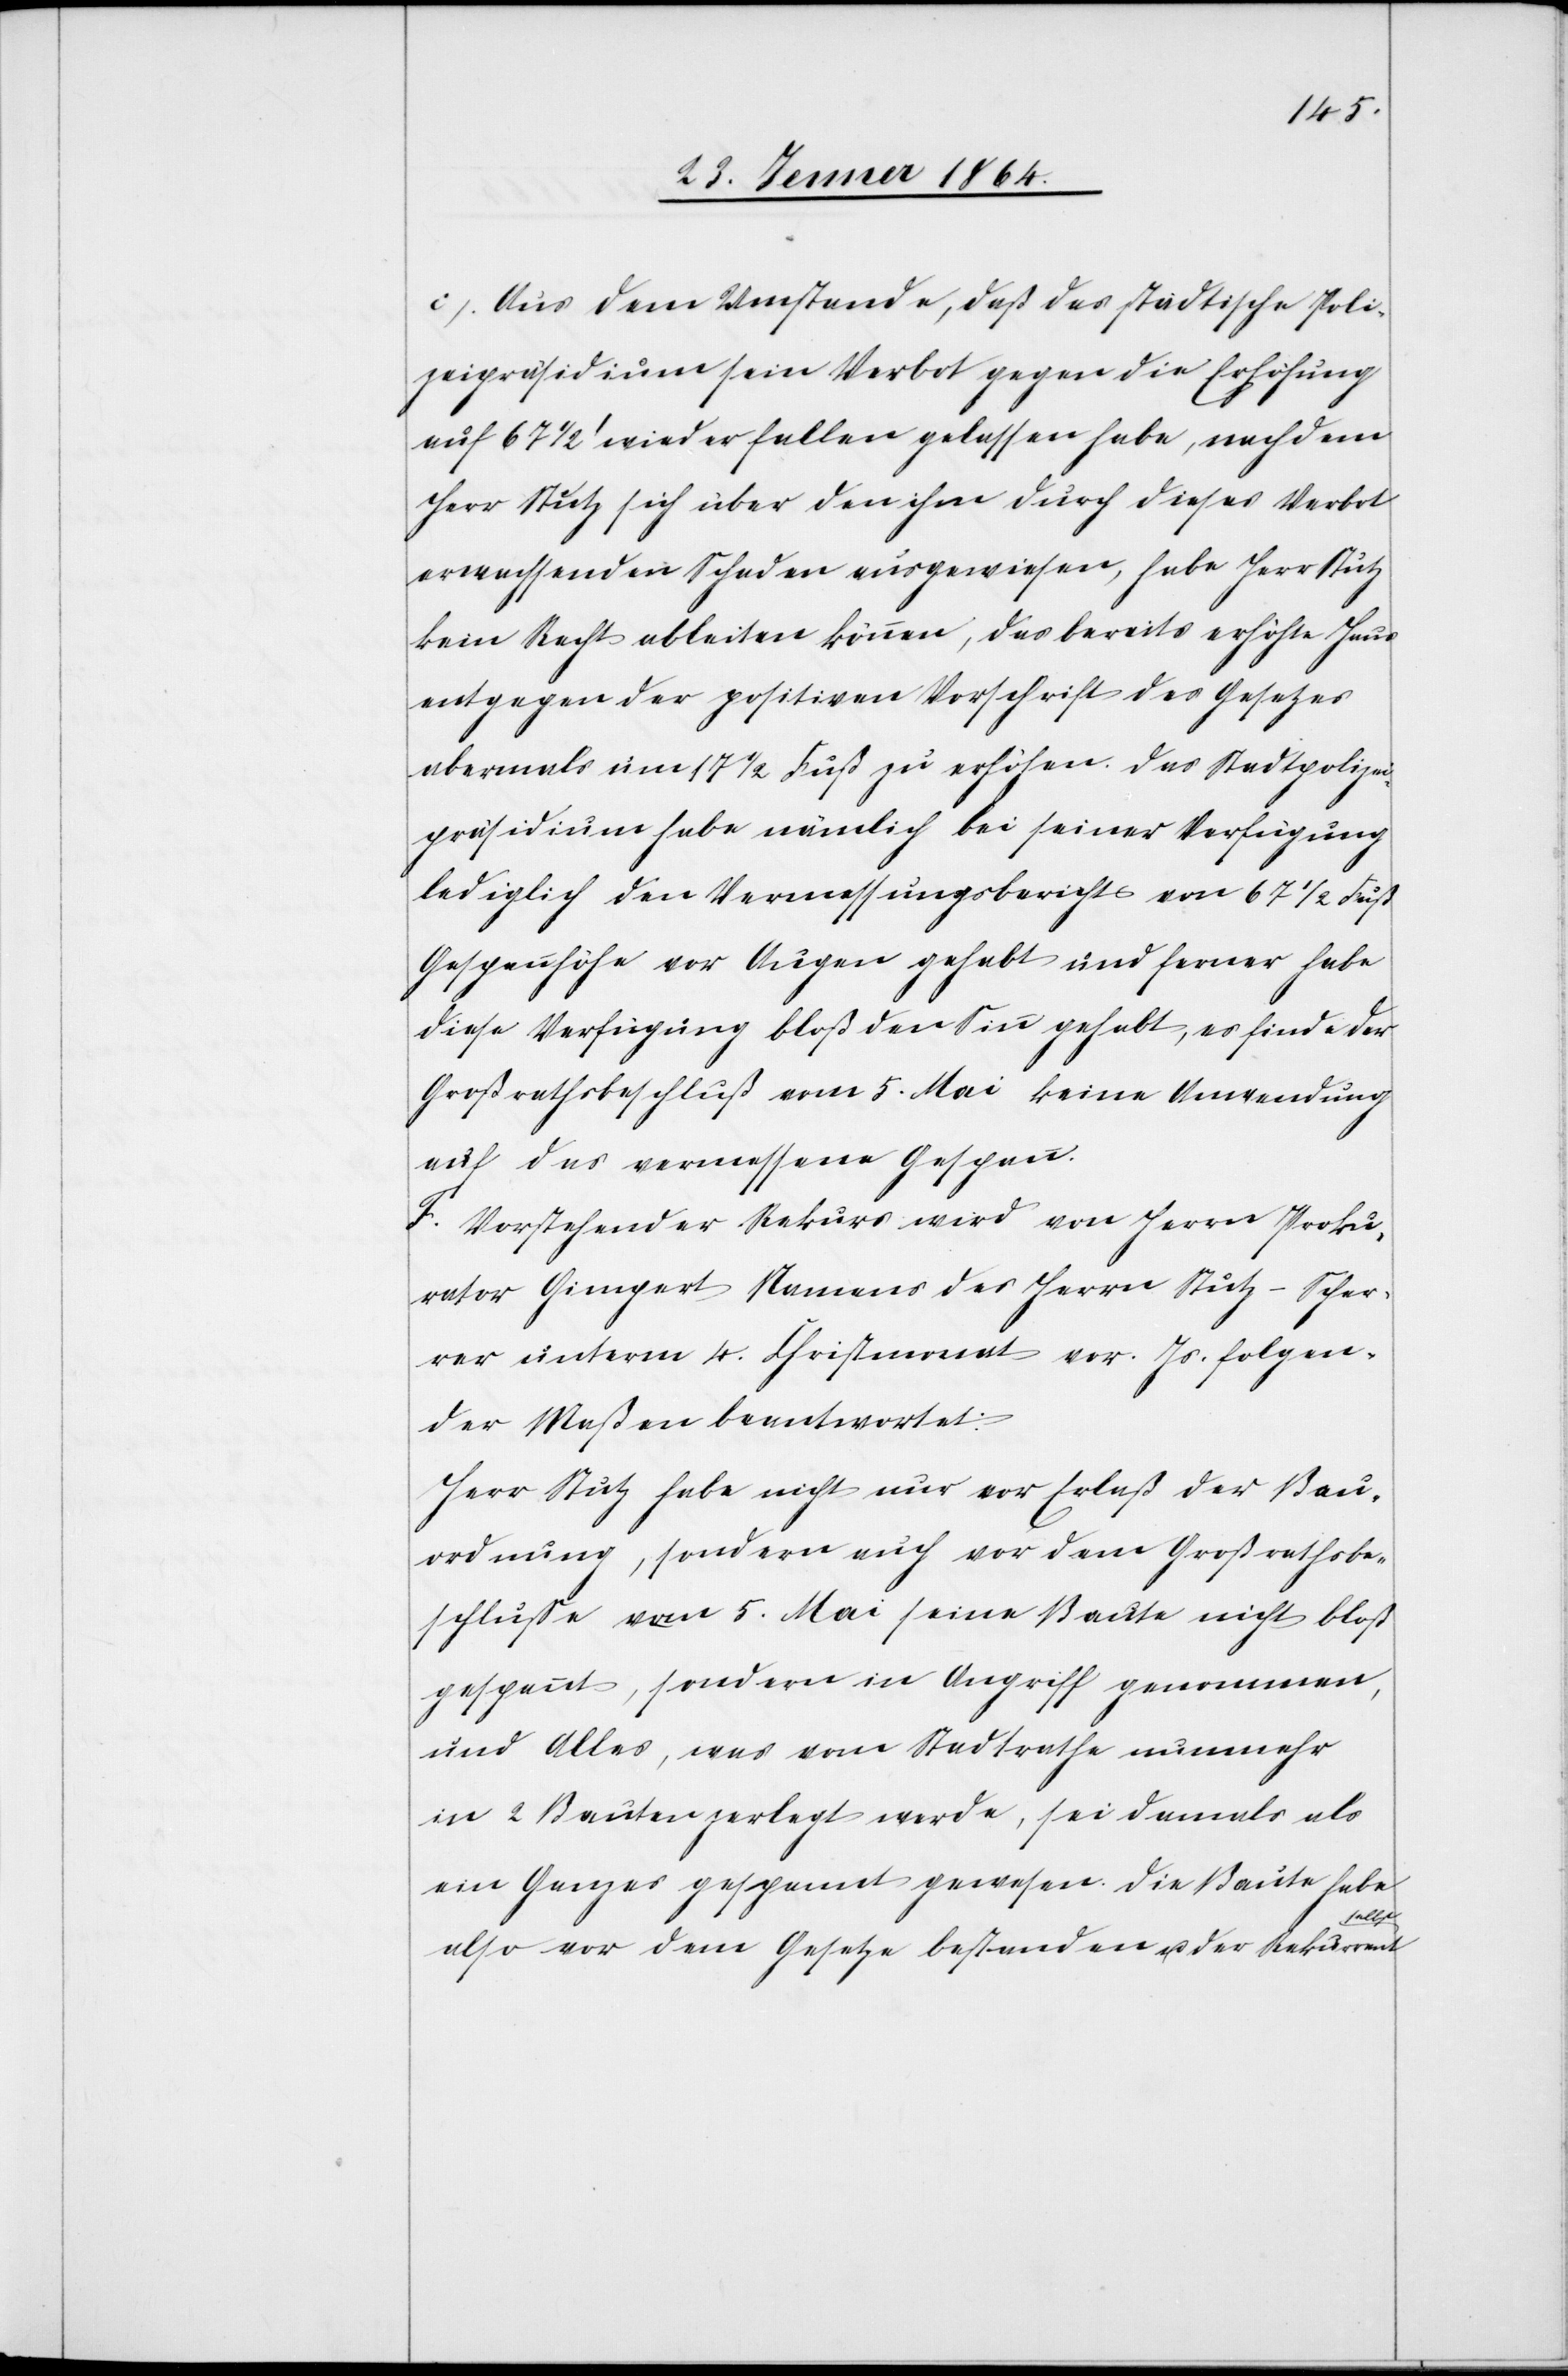
c.) Aus dem Umstande, daß das städtische Poli¬
zeipräsidium sein Verbot gegen die Erhöhung
auf 67 1/2' wieder fallen gelassen habe, nachdem
Herr Stutz sich über den ihm durch dieses Verbot
erwachsenden Schaden ausgewiesen, habe Herr Stutz
kein Recht ableiten können, das bereits erhöhte Haus
entgegen der positiven Vorschrift des Gesetzes
abermals um 17 1/2 Fuß zu erhöhen. Das Stadtpolizei¬
präsidium habe nämlich bei seiner Verfügung
lediglich den Vermessungsbericht von 67 1/2 Fuß
Gespannhöhe vor Augen gehabt und ferner habe
diese Verfügung bloß den Sinn gehabt, es finde der
Großrathsbeschluß vom 5. Mai keine Anwendung
auf das vermessene Gespann
F. Vorstehender Rekurs wird von Herrn Proku¬
rator Gimpert Namens des Herrn Stutz-Scher¬
rer unterm 4. Christmonat vor. Js. folgen¬
der Maßen beantwortet:
Herr Stutz habe nicht nur vor Erlaß der Bau¬
ordnung, sondern auch vor dem Großrathsbe¬
schlusse vom 5. Mai seine Baute nicht bloß
gespannt, sondern in Angriff genommen,
und Alles, was vom Stadtrathe nunmehr
in 2 Bauten zerlegt werde, sei damals als
ein Ganzes gespannt gewesen. Die Baute habe
selbst
also vor dem Gesetze bestanden u. der Rekurrent